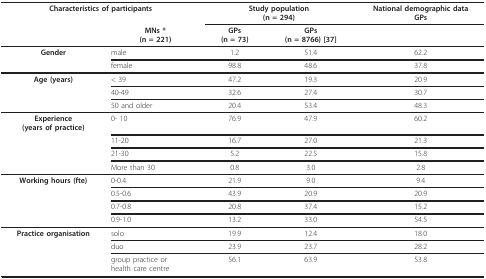
<table><thead><tr><td colspan="2"><b>Characteristics of participants</b></td><td colspan="2"><b>Study population(n = 294)</b></td><td><b>National demographic dataGPs</b></td></tr><tr><td colspan="2">[EMPTY_CELL]</td><td><b>MNs *(n = 221)</b></td><td><b>GPs(n = 73)</b></td><td><b>GPs(n = 8766) [37]</b></td></tr></thead><tbody><tr><td><b>Gender</b></td><td>male</td><td>1.2</td><td>51.4</td><td>62.2</td></tr><tr><td>[EMPTY_CELL]</td><td>female</td><td>98.8</td><td>48.6</td><td>37.8</td></tr><tr><td><b>Age (years)</b></td><td>&lt; 39</td><td>47.2</td><td>19.3</td><td>20.9</td></tr><tr><td>[EMPTY_CELL]</td><td>40-49</td><td>32.6</td><td>27.4</td><td>30.7</td></tr><tr><td>[EMPTY_CELL]</td><td>50 and older</td><td>20.4</td><td>53.4</td><td>48.3</td></tr><tr><td><b>Experience</b><b>(years of practice)</b></td><td>0- 10</td><td>76.9</td><td>47.9</td><td>60.2</td></tr><tr><td>[EMPTY_CELL]</td><td>11-20</td><td>16.7</td><td>27.0</td><td>21.3</td></tr><tr><td>[EMPTY_CELL]</td><td>21-30</td><td>5.2</td><td>22.5</td><td>15.8</td></tr><tr><td>[EMPTY_CELL]</td><td>More than 30</td><td>0.8</td><td>3.0</td><td>2.8</td></tr><tr><td><b>Working hours (fte)</b></td><td>0-0.4</td><td>21.9</td><td>9.0</td><td>9.4</td></tr><tr><td>[EMPTY_CELL]</td><td>0.5-0.6</td><td>43.9</td><td>20.9</td><td>20.9</td></tr><tr><td>[EMPTY_CELL]</td><td>0.7-0.8</td><td>20.8</td><td>37.4</td><td>15.2</td></tr><tr><td>[EMPTY_CELL]</td><td>0.9-1.0</td><td>13.2</td><td>33.0</td><td>54.5</td></tr><tr><td><b>Practice organisation</b></td><td>solo</td><td>19.9</td><td>12.4</td><td>18.0</td></tr><tr><td>[EMPTY_CELL]</td><td>duo</td><td>23.9</td><td>23.7</td><td>28.2</td></tr><tr><td>[EMPTY_CELL]</td><td>group practice orhealth care centre</td><td>56.1</td><td>63.9</td><td>53.8</td></tr></tbody></table>